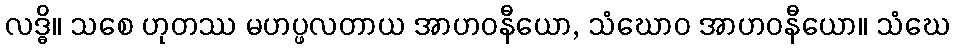
လဒ္ဓိ။ သစေ ဟုတဿ မဟပ္ဖလတာယ အာဟဝနီယော, သံဃောဝ အာဟဝနီယော။ သံဃေ